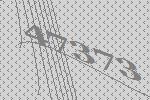
47373